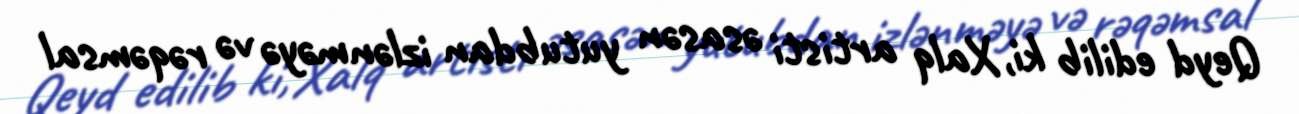
Qeyd edilib ki, Xalq artisti əsasən yutubdan izlənməyə və rəqəmsal